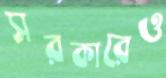
সরকারেও